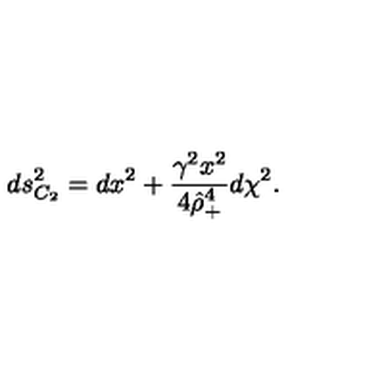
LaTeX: d s _ { C _ { 2 } } ^ { 2 } = d x ^ { 2 } + { \frac { \gamma ^ { 2 } x ^ { 2 } } { 4 \hat { \rho } _ { + } ^ { 4 } } } d \chi ^ { 2 } .